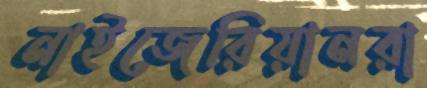
নাইজেরিয়ানরা